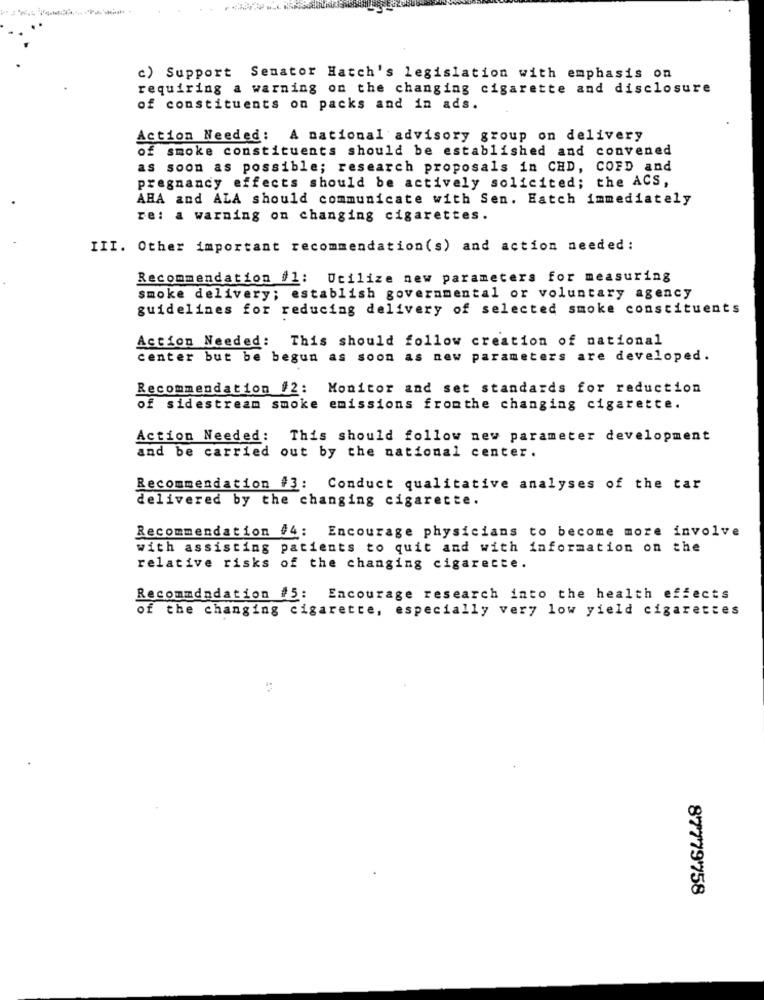
c) Support Senator Hatch's legislation with emphasis on
requiring a warning on the changing cigarette and disclosure
of constituents on packs and in ads.
Action Needed: A national advisory group on delivery
of smoke constituents should be established and convened
as soon as possible; research proposals in CHD, COFD and
pregnancy effects should be actively solicited; the ACS,
AHA and ALA should communicate with Sen. Hatch immediately
re: a warning on changing cigarettes.
III. Other important recommendation(s) and action needed:
Recommendation /1: Utilize new parameters for measuring
smoke delivery; establish governmental or voluntary agency
guidelines for reducing delivery of selected smoke constituents
Action Needed: This should follow creation of national
center but be begun as soon as new parameters are developed.
Recommendation #2: Monitor and set standards for reduction
of sidestream smoke emissions fromthe changing cigarette.
Action Needed: This should follow new parameter development
and be carried out by the national center.
Recommendation #3: Conduct qualitative analyses of the tar
delivered by the changing cigarette.
Recommendation #4: Encourage physicians to become more involve
with assisting patients to quit and with information on the
relative risks of the changing cigarette.
Recommendation #5:
Encourage research into the health effects
of the changing cigarette, especially very low yield cigarettes
87779758